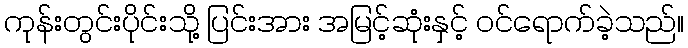
ကုန်းတွင်းပိုင်းသို့ ပြင်းအား အမြင့်ဆုံးနှင့် ဝင်ရောက်ခဲ့သည်။